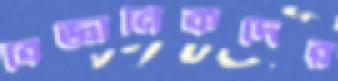
বৈজ্ঞানিকদের